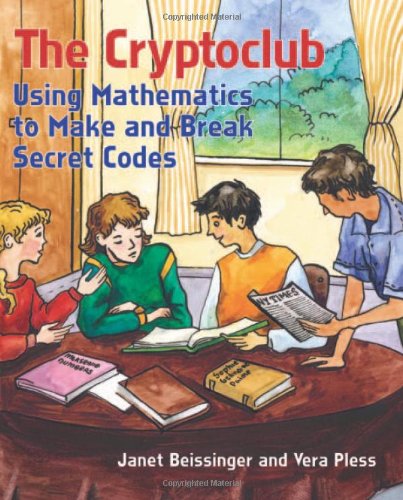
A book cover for The Cryptoclub: Using Mathematics to Make and Break Secret Codes; Janet Beissinger; Humor & Entertainment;